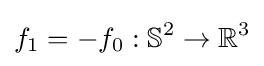
f_{1}=-f_{0}:\mathbb {S} ^{2}\to \mathbb {R} ^{3}